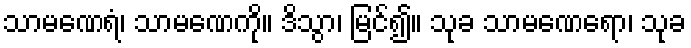
သာမဏေရံ၊ သာမဏေကို။ ဒိသွာ၊ မြင်၍။ သုခ သာမဏေရော၊ သုခ